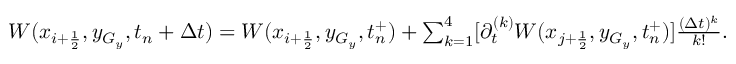
\begin{array} { r } { W ( x _ { i + \frac { 1 } { 2 } } , y _ { G _ { y } } , t _ { n } + \Delta t ) = W ( x _ { i + \frac { 1 } { 2 } } , y _ { G _ { y } } , t _ { n } ^ { + } ) + \sum _ { k = 1 } ^ { 4 } [ \partial _ { t } ^ { ( k ) } W ( x _ { j + \frac { 1 } { 2 } } , y _ { G _ { y } } , t _ { n } ^ { + } ) ] \frac { ( \Delta t ) ^ { k } } { k ! } . } \end{array}